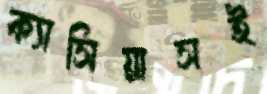
ক্যাসিয়াসই